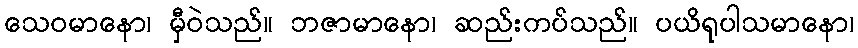
သေဝမာနော၊ မှီဝဲသည်။ ဘဇာမာနော၊ ဆည်းကပ်သည်။ ပယိရုပါသမာနော၊